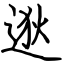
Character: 逖